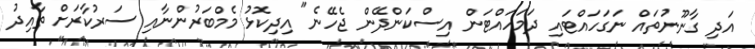
އަދި ގާނޫނުތައް ނަގަހައްޓައި ދަމަހައްޓަން އިސްކަންދޭން ޖެހޭނެ" އިދިކޮޅު މެމްބަރުންނާއި ސަރުކާރަށް ތާއިދު